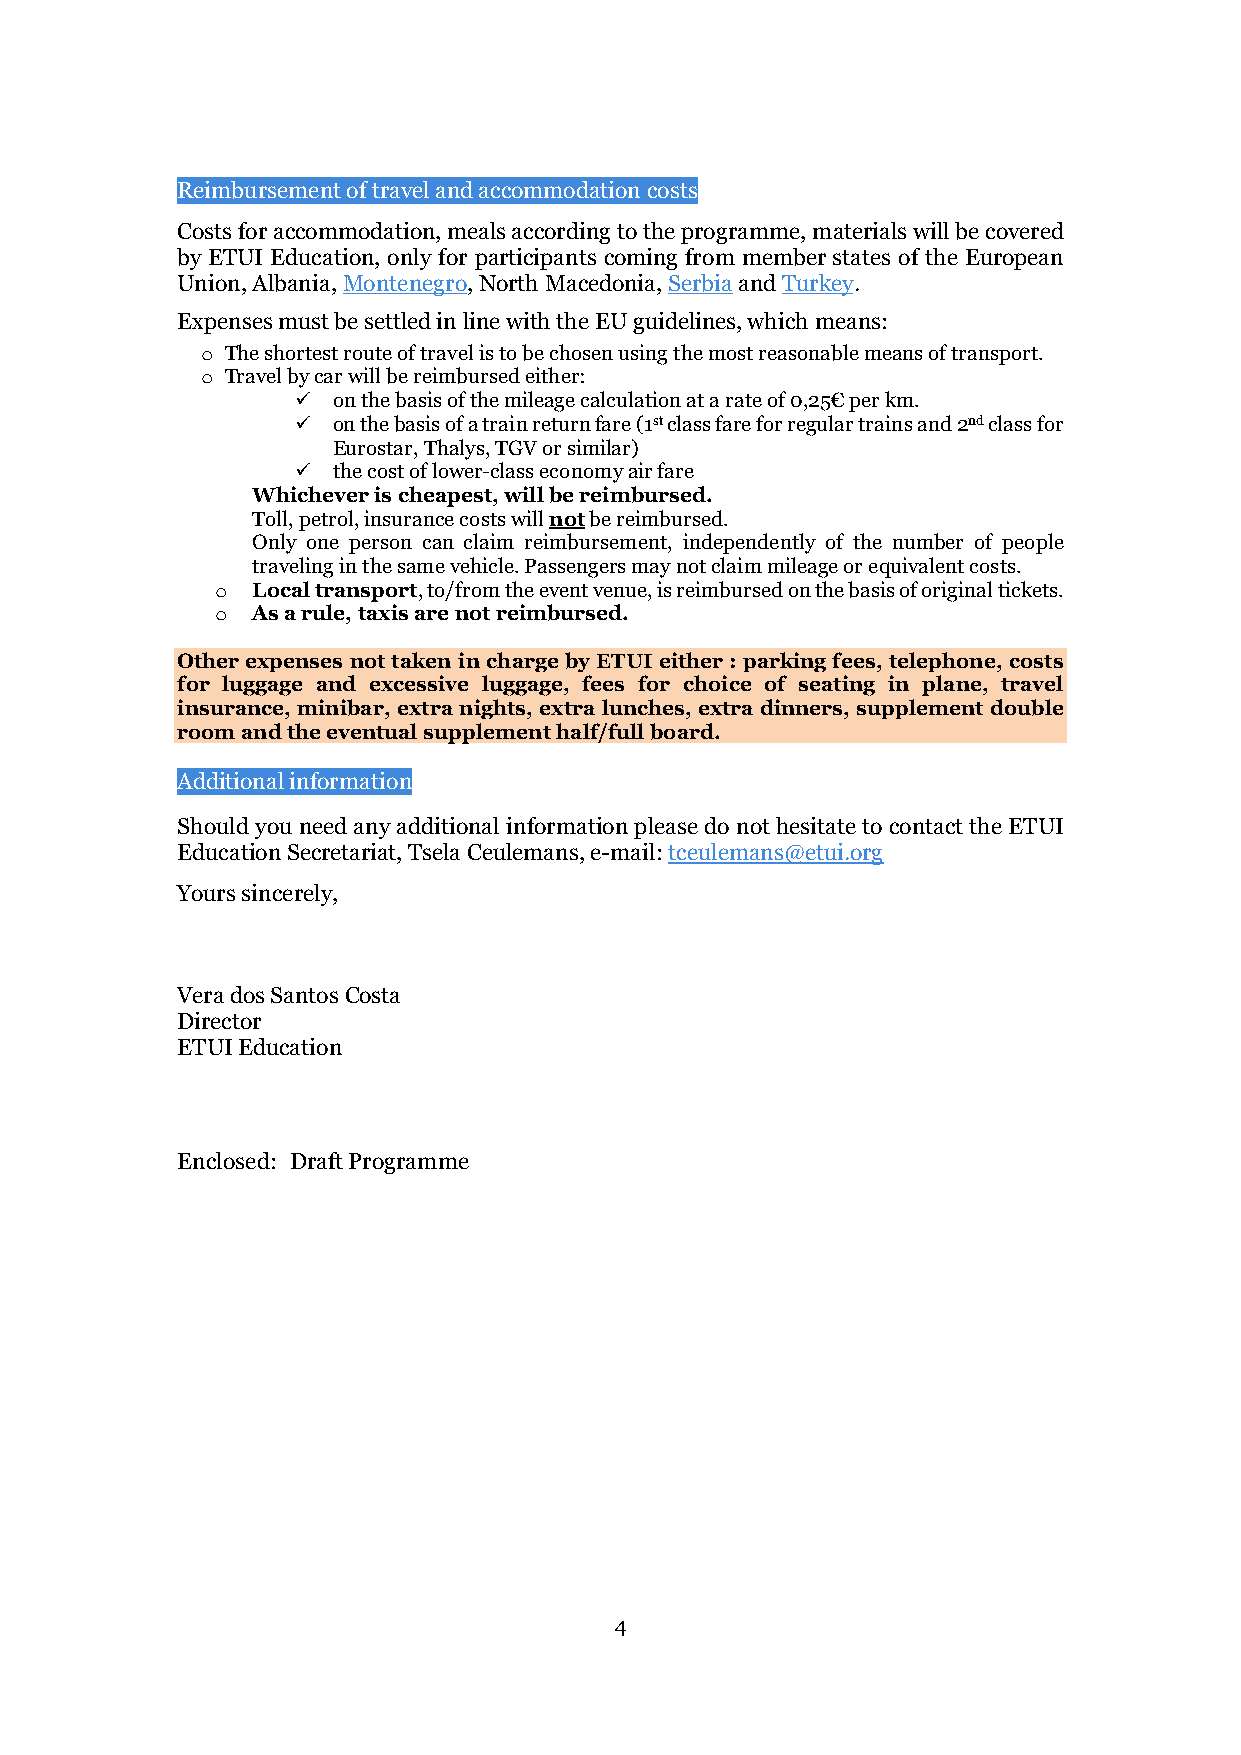
Reimbursement of travel and accommodation costs
 Costs for accommodation, meals according to the programme, materials will be covered
 by ETUI Education, only for participants coming from member states of the European
 Union, Albania, Montenegro, North Macedonia, Serbia and Turkey.
 Expenses must be settled in line with the EU guidelines, which means:
 o The shortest route of travel is to be chosen using the most reasonable means of transport.
 o Travel by car will be reimbursed either:
  on the basis of the mileage calculation at a rate of 0,25€ per km.
  on the basis of a train return fare (1st class fare for regular trains and 2nd class for
 Eurostar, Thalys, TGV or similar)
  the cost of lower-class economy air fare
 Whichever is cheapest, will be reimbursed.
 Toll, petrol, insurance costs will not be reimbursed.
 Only one person can claim reimbursement, independently of the number of people
 traveling in the same vehicle. Passengers may not claim mileage or equivalent costs.
 o  Local transport, to/from the event venue, is reimbursed on the basis of original tickets.
 o  As a rule, taxis are not reimbursed.
 Other expenses not taken in charge by ETUI either : parking fees, telephone, costs
 for luggage and excessive luggage, fees for choice of seating in plane, travel
 insurance, minibar, extra nights, extra lunches, extra dinners, supplement double
 room and the eventual supplement half/full board.
 Additional information
 Should you need any additional information please do not hesitate to contact the ETUI
 Education Secretariat, Tsela Ceulemans, e-mail: tceulemans@etui.org
 Yours sincerely,
 Vera dos Santos Costa
 Director
 ETUI Education
 Enclosed: Draft Programme
 4